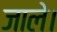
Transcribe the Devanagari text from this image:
जाले।